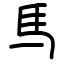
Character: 𫠉